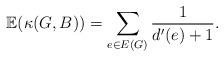
LaTeX: \begin{align*}\mathbb{E} (\kappa(G,B)) = \sum_{e \in E(G)} \frac{1}{d'(e) + 1}.\end{align*}